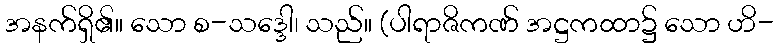
အနက်ရှိ၏။ သော စ-သဒ္ဒေါ၊ သည်။ (ပါရာဇိကဏ် အဋ္ဌကထာ၌ သော ဟိ-